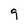
Character: 9